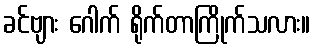
ခင်ဗျား ဂေါက် ရိုက်တာကြိုက်သလား။